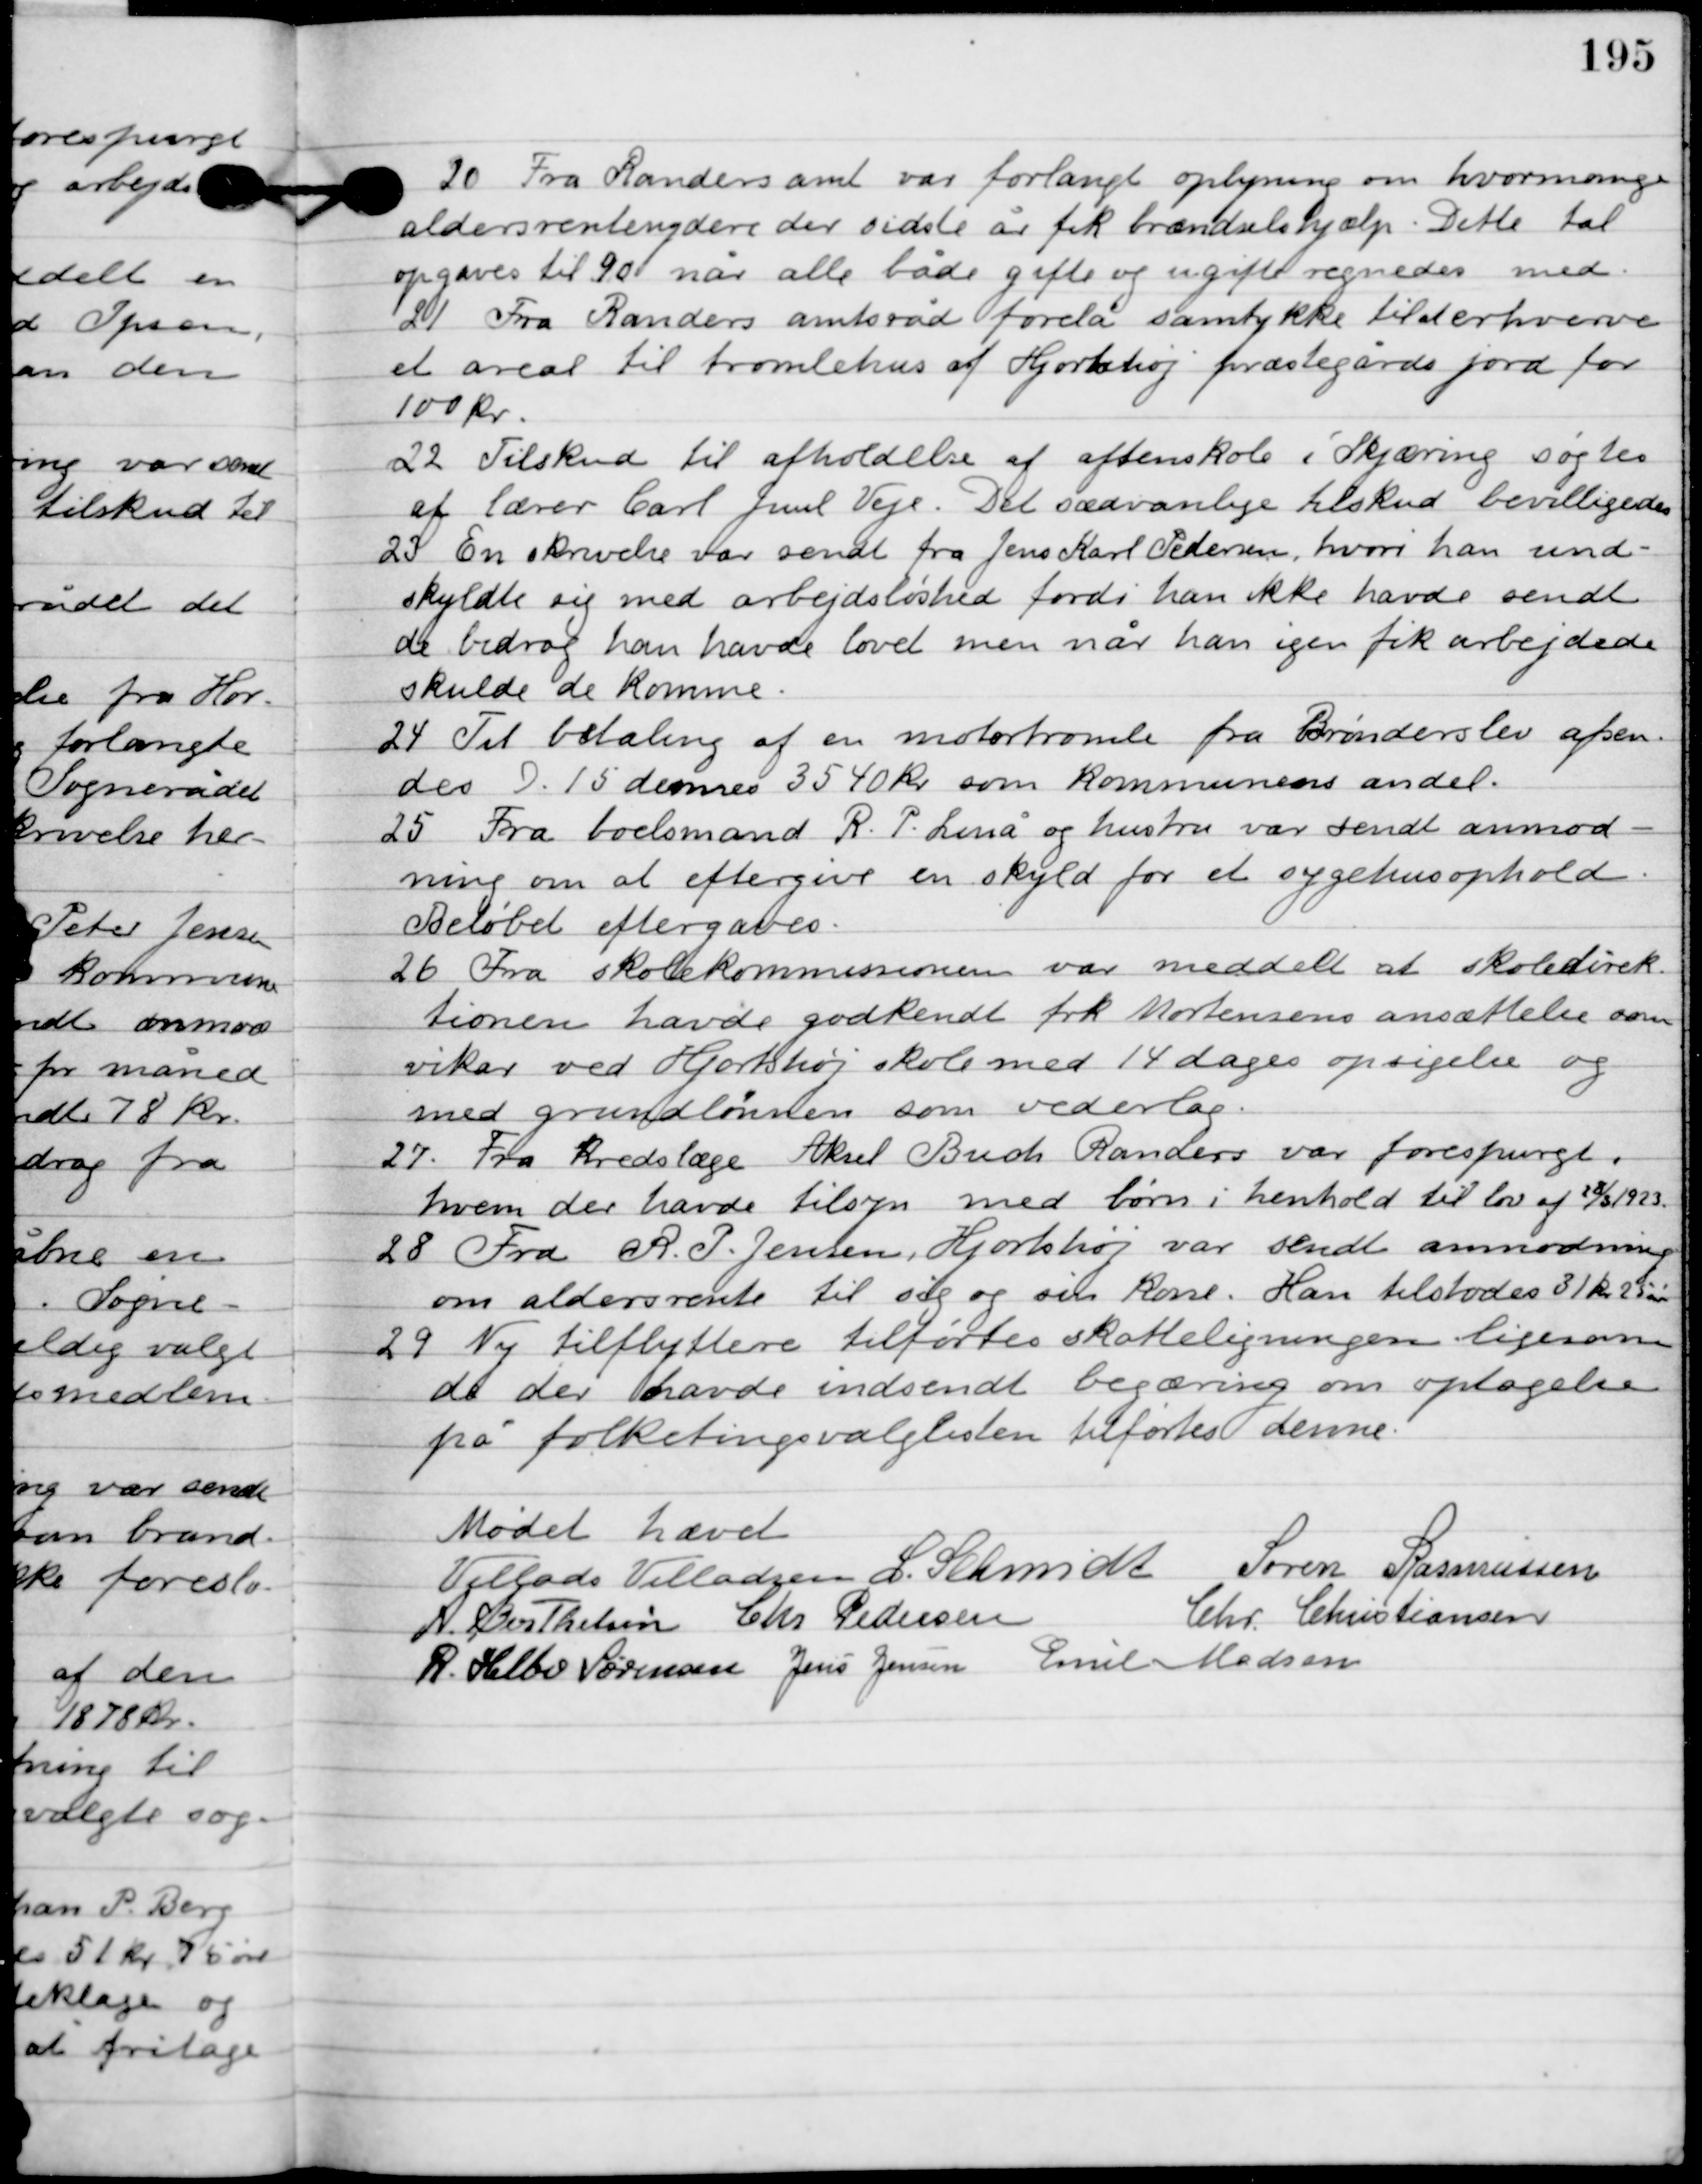
Transskription:
20

Fra Randers amt var forlangt oplysning om hvor mange
 aldersrenteydere der sidste år fik brændselshjælp. Dette tal
opgaves til 90 når alle både gifte og ugifte regnedes med.

21

Fra Randers amtsråd forelå samtykke til at erhverve
et areal til tromlehus af Hjortshøj præstegårds jord for
100 kr.

22

Tilskud til afholdelse af aftenskole i Skjæring søgtes
af lære Carl Juul Veje. Det sædvanlige tilskud bevilligedes.

23

En skrivelse var sendt fra Jens Karl Pedersen, hvori han und-
skyldte sig med arbejdsløshed fordi han ikke havde sendt
de bidrag han havde lovet men når han igen fik arbejde
skulde de komme.

24

Til betaling af en motortromle fra Brønderslev afsen-
des d. 15. dennes 3540 kr. som kommunens andel.

25

Fra boelsmand R.P. Linå og hustru var sendt anmod-
ning om at eftergive en skyld for et sygehusophold.
Beløbet eftergaves.

26

Fra skolekommissionen var meddelt et skoledirek-
tionen havde godkendt frk. Mortensens ansættelse som
vikar ved Hjortshøj skole med 14 dages opsigelse og
med grundlønnen som vederlag.

27

Fra kredslæge Aksel Bruch Randers var forespurgt,
hvem der havde tilsyn med børn i henhold til lov af 18/3/1923.

28

Fra R.P. Jensen, Hjortshøj var sendt anmodning
om aldersrente til sig og sin kone. Han tilstodes 31 kr. 25 øre.

29

Ny tilflyttere tilførtes skatteligningen ligesom
de der havde indsendt begæring om optagelse
på folketingsvalglisten tilførtes denne.

Mødet hævet.

Villads J. Villadsen
I. Schmidt
Søren Rasmussen
A. Berthelsen
Chr. Pedersen
Chr. Christiansen
R. Helbo Sørensen
Jens Jensen
Emil Madsen